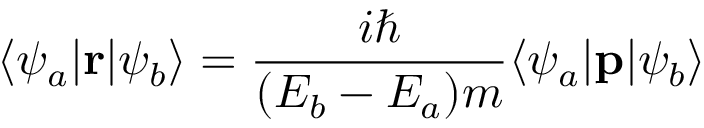
\langle \psi _ { a } | \mathbf { r } | \psi _ { b } \rangle = { \frac { i \hbar } { ( E _ { b } - E _ { a } ) m } } \langle \psi _ { a } | \mathbf { p } | \psi _ { b } \rangle